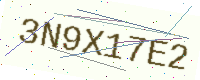
Text: 3N9X17E2